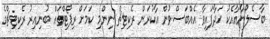
ބާސެލޯނާއާއެކު ހަދާފައިވާ އެއްބަސްވުން އާކުރަން ރެކިޓިޗް ނިންމި ކަމަށް ރިޕޯޓްތައް ބުނިއިރު ރެކިޓިޗްގެ